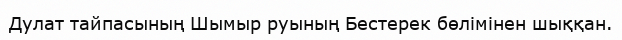
Дулат тайпасының Шымыр руының Бестерек бөлімінен шыққан.